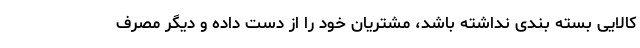
کالایی بسته بندی نداشته باشد، مشتریان خود را از دست داده و دیگر مصرف